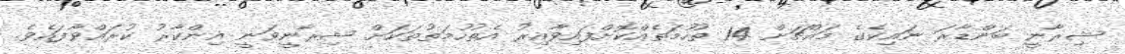
ޝިރާނީ ބަންޑާރަ ނައިކެގެ މައްޗަށް 14 ތުހުމަތެއްކޮށްފައިވާއިރު އެތުހުމަތުތަކަށް ޝިރާނީވަނީ އިންކާރު ކުރައްވާފައެވެ.